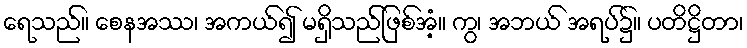
ရေသည်။ စေနအဿ၊ အကယ်၍ မရှိသည်ဖြစ်အံ့။ ကွ၊ အဘယ် အရပ်၌။ ပတိဋ္ဌိတာ၊